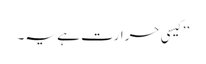
’’کیسی حرارت ہے یہ۔